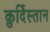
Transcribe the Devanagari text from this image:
क़ुर्दिस्तान